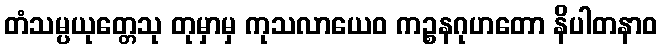
တံသမ္ပယုတ္တေသု တုမှာမှ ကုသလာယေဝ ကဉ္စနဂုဟတော နိပါတနာဝ